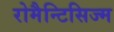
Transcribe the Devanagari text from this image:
रोमैन्टिसिज्म